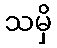
သမှိ